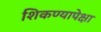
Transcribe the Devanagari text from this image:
शिकण्यापेक्षा